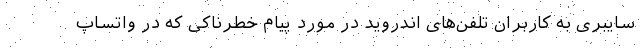
سایبری به کاربران تلفن‌های اندروید در مورد پیام خطرناکی که در واتساپ